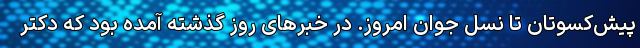
پیش‌کسوتان تا نسل جوان امروز. در خبرهای روز گذشته آمده بود که دکتر